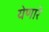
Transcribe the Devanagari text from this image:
येणारें